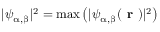
| \psi _ { \upalpha , \upbeta } | ^ { 2 } = \mathrm { m a x } \left( | \psi _ { \upalpha , \upbeta } ( \textbf { r } ) | ^ { 2 } \right)